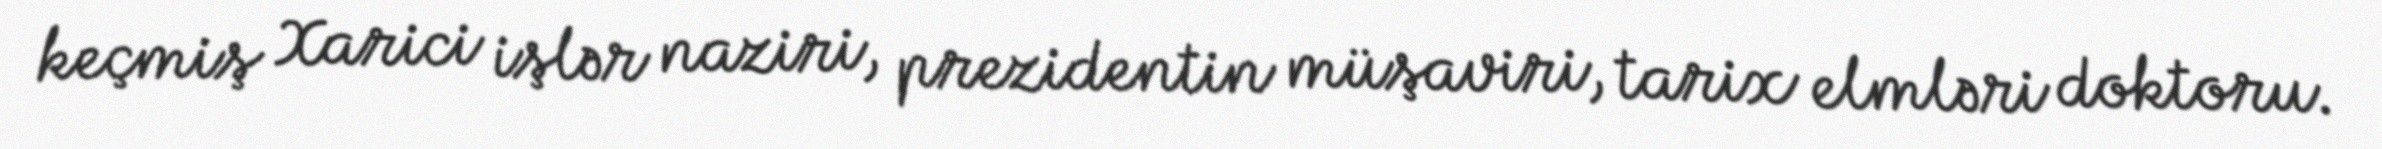
keçmiş Xarici işlər naziri, prezidentin müşaviri, tarix elmləri doktoru.